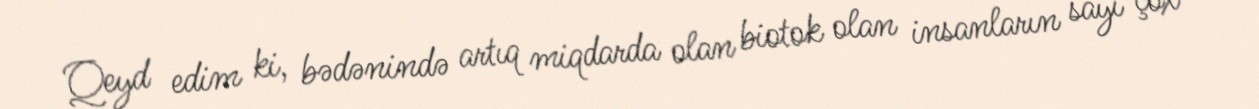
Qeyd edim ki, bədənində artıq miqdarda olan biotok olan insanların sayı çox